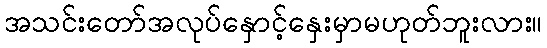
အသင်းတော်အလုပ်နှောင့်နှေးမှာမဟုတ်ဘူးလား။